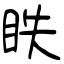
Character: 眣